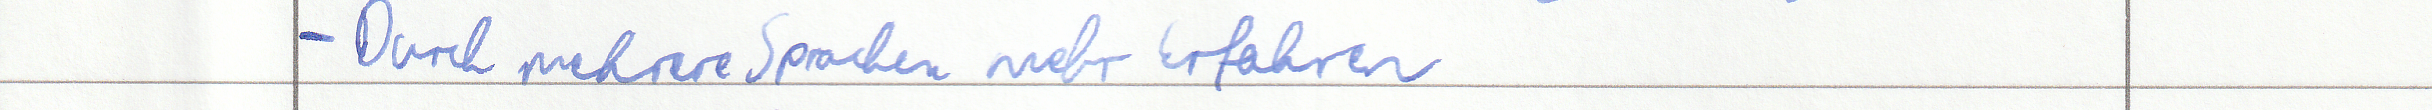
- Durch mehrere Sprachen mehr Erfahren